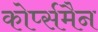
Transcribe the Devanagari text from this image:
कोर्प्समैन